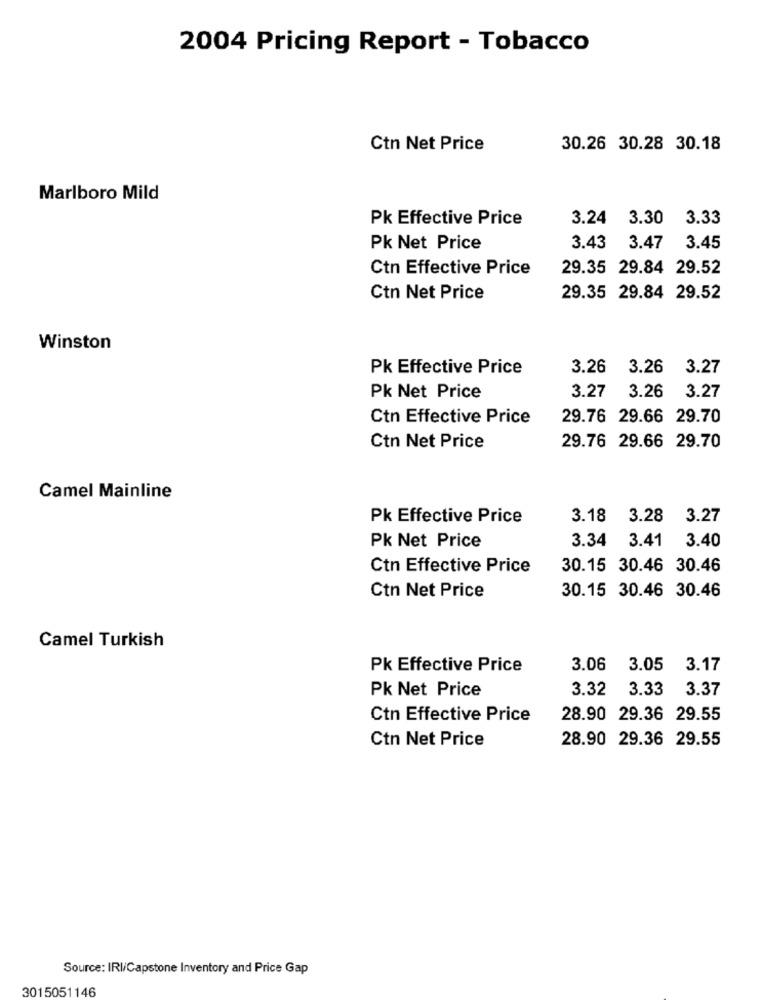
2004 Pricing Report - Tobacco
Ctn Net Price
30.26 30.28 30.18
Marlboro Mild
Pk Effective Price
3.24 3.30
3.33
Pk Net Price
3.43 3.47
3.45
Ctn Effective Price
29.35 29.84 29.52
Ctn Net Price
29.35 29.84 29.52
Winston
Pk Effective Price
3.26
3.26
3.27
3.27
3.26
Pk Net Price
3.27
Ctn Effective Price
29.76 29.66 29.70
Ctn Net Price
29.76 29.66 29.70
Camel Mainline
Pk Effective Price
3.18 3.28
3.27
Pk Net Price
3.34 3.41
3.40
Ctn Effective Price
30.15 30.46 30.46
30.15 30.46 30.46
Ctn Net Price
Camel Turkish
Pk Effective Price
3.06
3.05
3.17
Pk Net Price
3.32
3.33
3.37
Ctn Effective Price
28.90 29.36 29.55
Ctn Net Price
28.90 29.36 29.55
Source: IRI/Capstone Inventory and Price Gap
3015051146